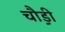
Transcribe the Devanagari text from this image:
चौ़ड़ी